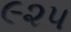
૯૨૫